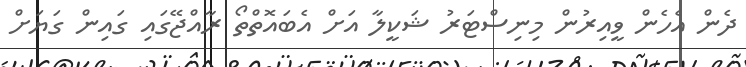
ދެން އެހެން ވީއިރުން މިނިސްޓަރު ޝަކީލާ އަށް އެބައޮތްތޯ ރާއްޖޭގައި ގައިން ގަޔަށް